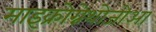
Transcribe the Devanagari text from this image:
माइक्रोग्नेथोजोआ